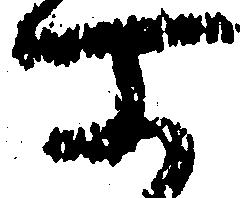
所